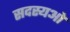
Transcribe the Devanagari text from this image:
सदस्यओ